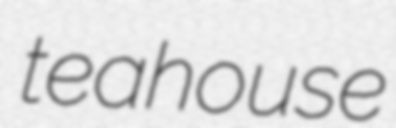
teahouse